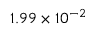
1 . 9 9 \times 1 0 ^ { - 2 }